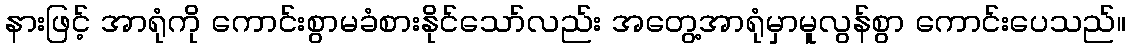
နားဖြင့် အာရုံကို ကောင်းစွာမခံစားနိုင်သော်လည်း အတွေ့အာရုံမှာမူလွန်စွာ ကောင်းပေသည်။